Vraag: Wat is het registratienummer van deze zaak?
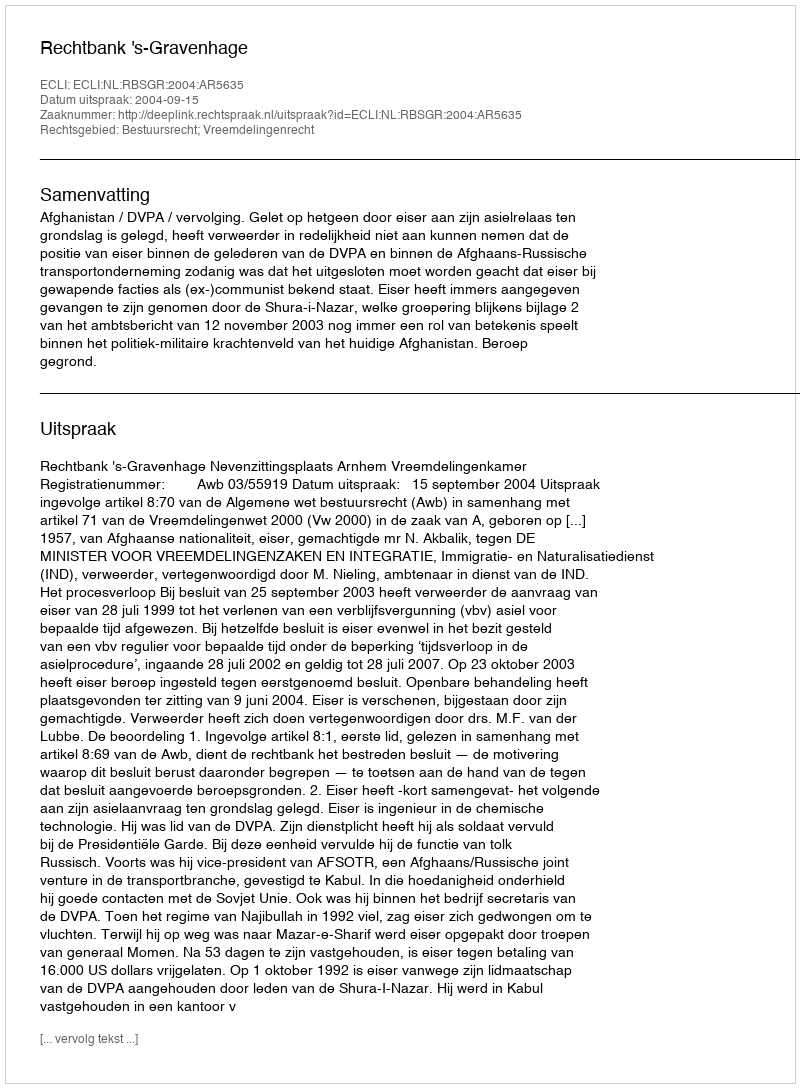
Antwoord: http://deeplink.rechtspraak.nl/uitspraak?id=ECLI:NL:RBSGR:2004:AR5635